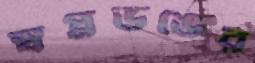
স্বপ্নভঙের